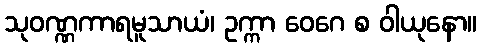
သုဝဏ္ဏကာရမူသာယံ၊ ဥက္ကာ ဝေဂေ စ ဝါယုနော။